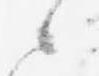
候